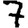
Digit: 7